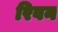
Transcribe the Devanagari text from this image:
रिवन